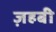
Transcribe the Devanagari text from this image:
ज़हबी